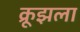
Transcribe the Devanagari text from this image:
क्रूझला